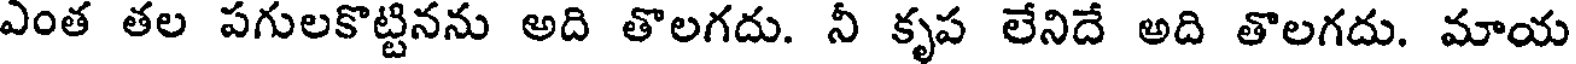
ఎంత తల పగులకొట్టినను అది తొలగదు. నీ కృప లేనిదే అది తొలగదు. మాయ